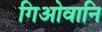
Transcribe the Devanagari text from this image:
गिओवानि